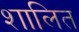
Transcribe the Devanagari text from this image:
शालित